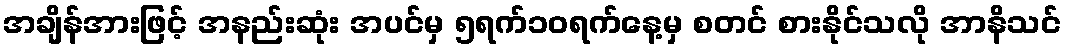
အချိန်အားဖြင့် အနည်းဆုံး အပင်မှ ၅ရက်၁၀ရက်နေ့မှ စတင် စားနိုင်သလို အာနိသင်